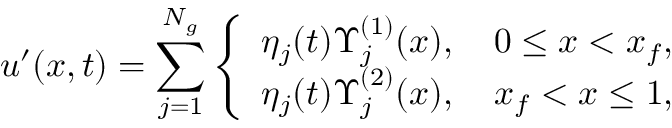
u ^ { \prime } ( x , t ) = \sum _ { j = 1 } ^ { N _ { g } } \left\{ \begin{array} { l l } { \eta _ { j } ( t ) \Upsilon _ { j } ^ { ( 1 ) } ( x ) , \quad 0 \leq x < x _ { f } , } \\ { \eta _ { j } ( t ) \Upsilon _ { j } ^ { ( 2 ) } ( x ) , \quad x _ { f } < x \leq 1 , } \end{array} \right.